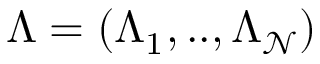
\Lambda = ( \Lambda _ { 1 } , . . , \Lambda _ { \mathcal { N } } )